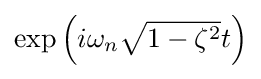
{\textstyle \exp \left(i\omega _{n}{\sqrt {1-\zeta ^{2}}}t\right)}